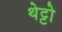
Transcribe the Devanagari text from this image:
थेट्टो